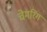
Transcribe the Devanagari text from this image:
चेमरिंग